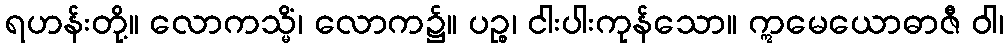
ရဟန်းတို့။ လောကသ္မိံ၊ လောက၌။ ပဉ္စ၊ ငါးပါးကုန်သော။ ဣမေယောဓာဇီ ဝါ၊